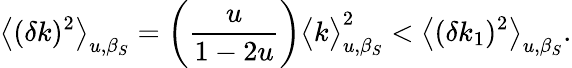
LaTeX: \big<(\delta k)^{2}\big>_{u,\beta_{S}}=\left(\frac{u}{1-2u}\right)\big<k\big>_{u,\beta_{S}}^{2}<\big<(\delta k_{1})^{2}\big>_{u,\beta_{S}}.